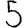
Digit: 5